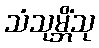
သံသုမ္ဘိံသု